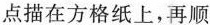
点描在方格纸上，再顺